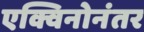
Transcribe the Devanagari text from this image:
एक्विनोनंतर